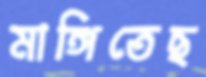
মাঙ্গিতেছ